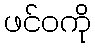
ဖင်ဝကို